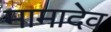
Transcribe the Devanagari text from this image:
मामादेव